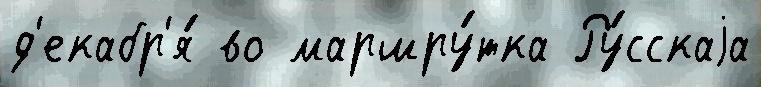
д'екабр'я́ во маршру́тка Ру́сскаjа